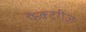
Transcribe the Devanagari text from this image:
फैक्टरीज़